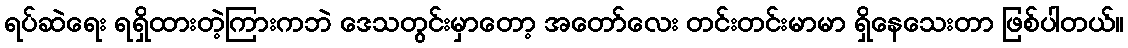
ရပ်ဆဲရေး ရရှိထားတဲ့ကြားကဘဲ ဒေသတွင်းမှာတော့ အတော်လေး တင်းတင်းမာမာ ရှိနေသေးတာ ဖြစ်ပါတယ်။